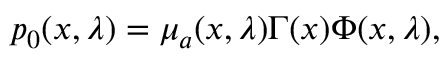
p _ { 0 } ( x , \lambda ) = \mu _ { a } ( x , \lambda ) \Gamma ( x ) \Phi ( x , \lambda ) ,